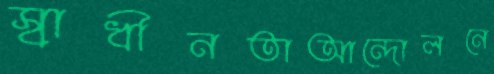
স্বাধীনতাআন্দোলনে